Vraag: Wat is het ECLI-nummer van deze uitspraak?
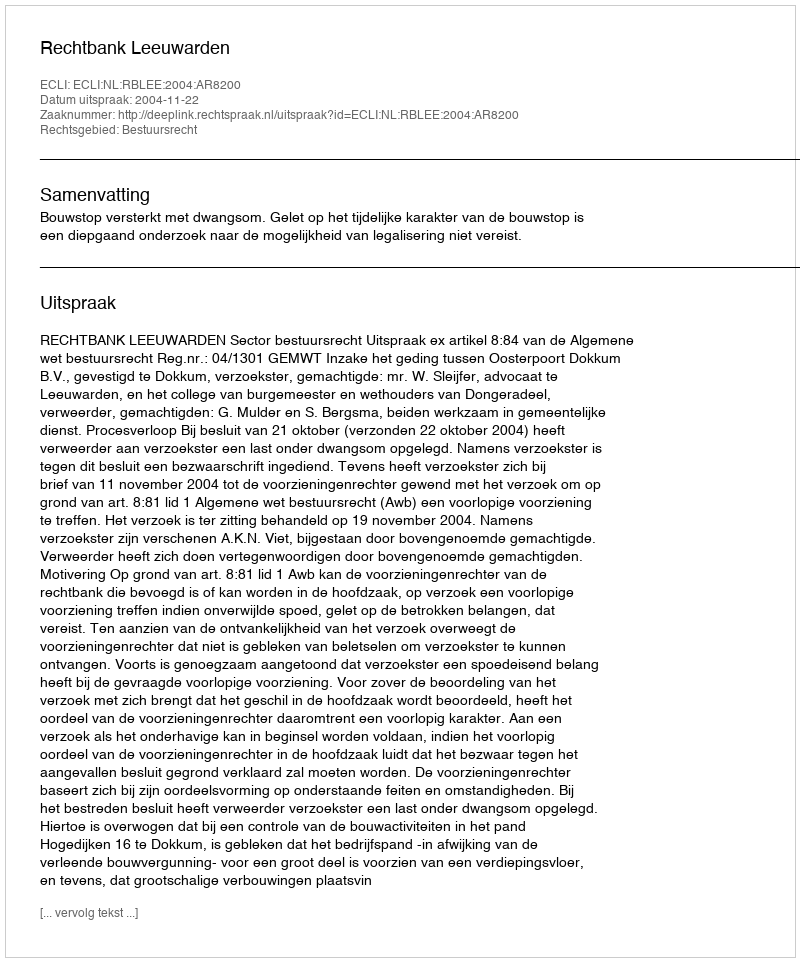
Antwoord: ECLI:NL:RBLEE:2004:AR8200